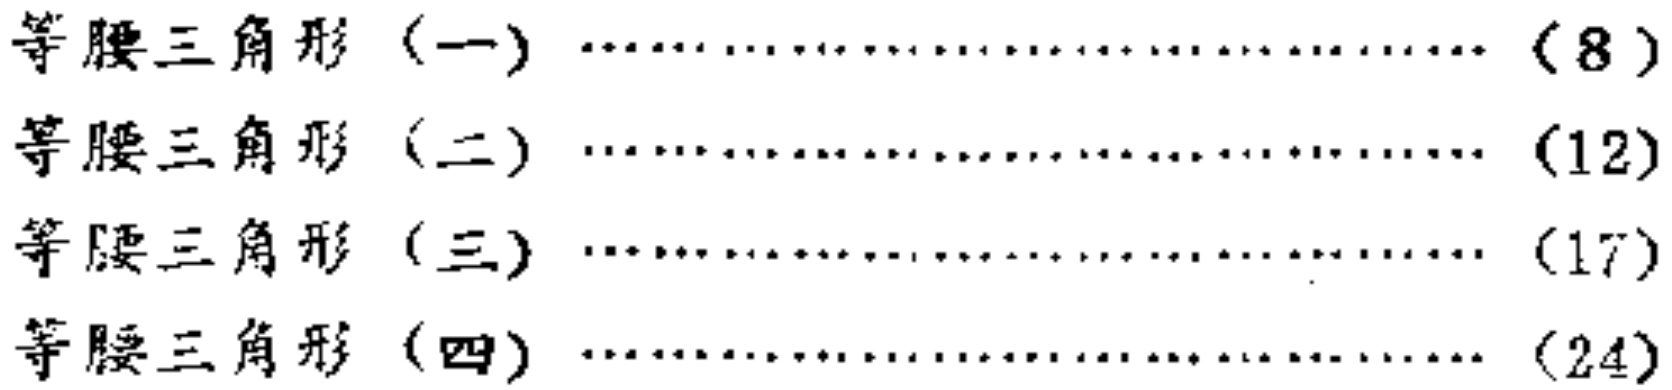
\begin{itemize}

\item 等腰三角形（一）\hfill（8）

\item 等腰三角形（二）\hfill（12）

\item 等腰三角形（三）\hfill（17）

\item 等腰三角形（四）\hfill（24）

\end{itemize}